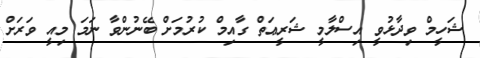
ޝަހީމް ވިދާޅުވީ އިސްލާމީ ޝަރީޢަތް ގާއިމް ކުރުމަށް ބޭނުންވާ ނަމަ މިއީ ވަރަށް